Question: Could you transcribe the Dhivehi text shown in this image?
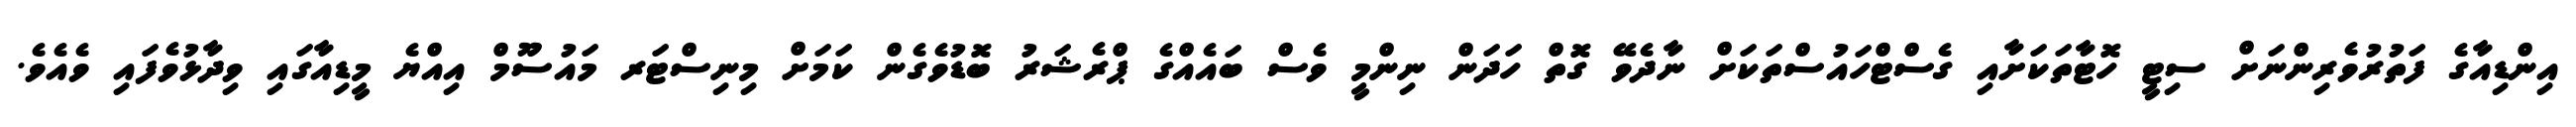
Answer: އިންޑިއާގެ ފަތުރުވެރިންނަށް ސިޓީ ހޮޓާތަކަށާއި ގެސްޓްހައުސްތަކަށް ނާދެވޭ ގޮތް ހަދަން ނިންމީ ވެސް ބައެއްގެ ޕްރެޝަރު ބޮޑުވެގެން ކަމަށް މިނިސްޓަރ މައުސޫމް އިއްޔެ މީޑިއާގައި ވިދާޅުވެފައި ވެއެވެ.